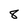
Character: 8